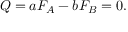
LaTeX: Q = a F _ { A } - b F _ { B } = 0 .